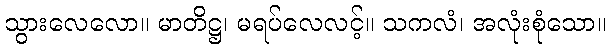
သွားလေလော။ မာတိဋ္ဌ၊ မရပ်လေလင့်။ သကလံ၊ အလုံးစုံသော။